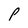
Character: P